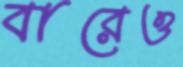
বারেও